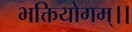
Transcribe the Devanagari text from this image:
भक्तियोगम्‌।।